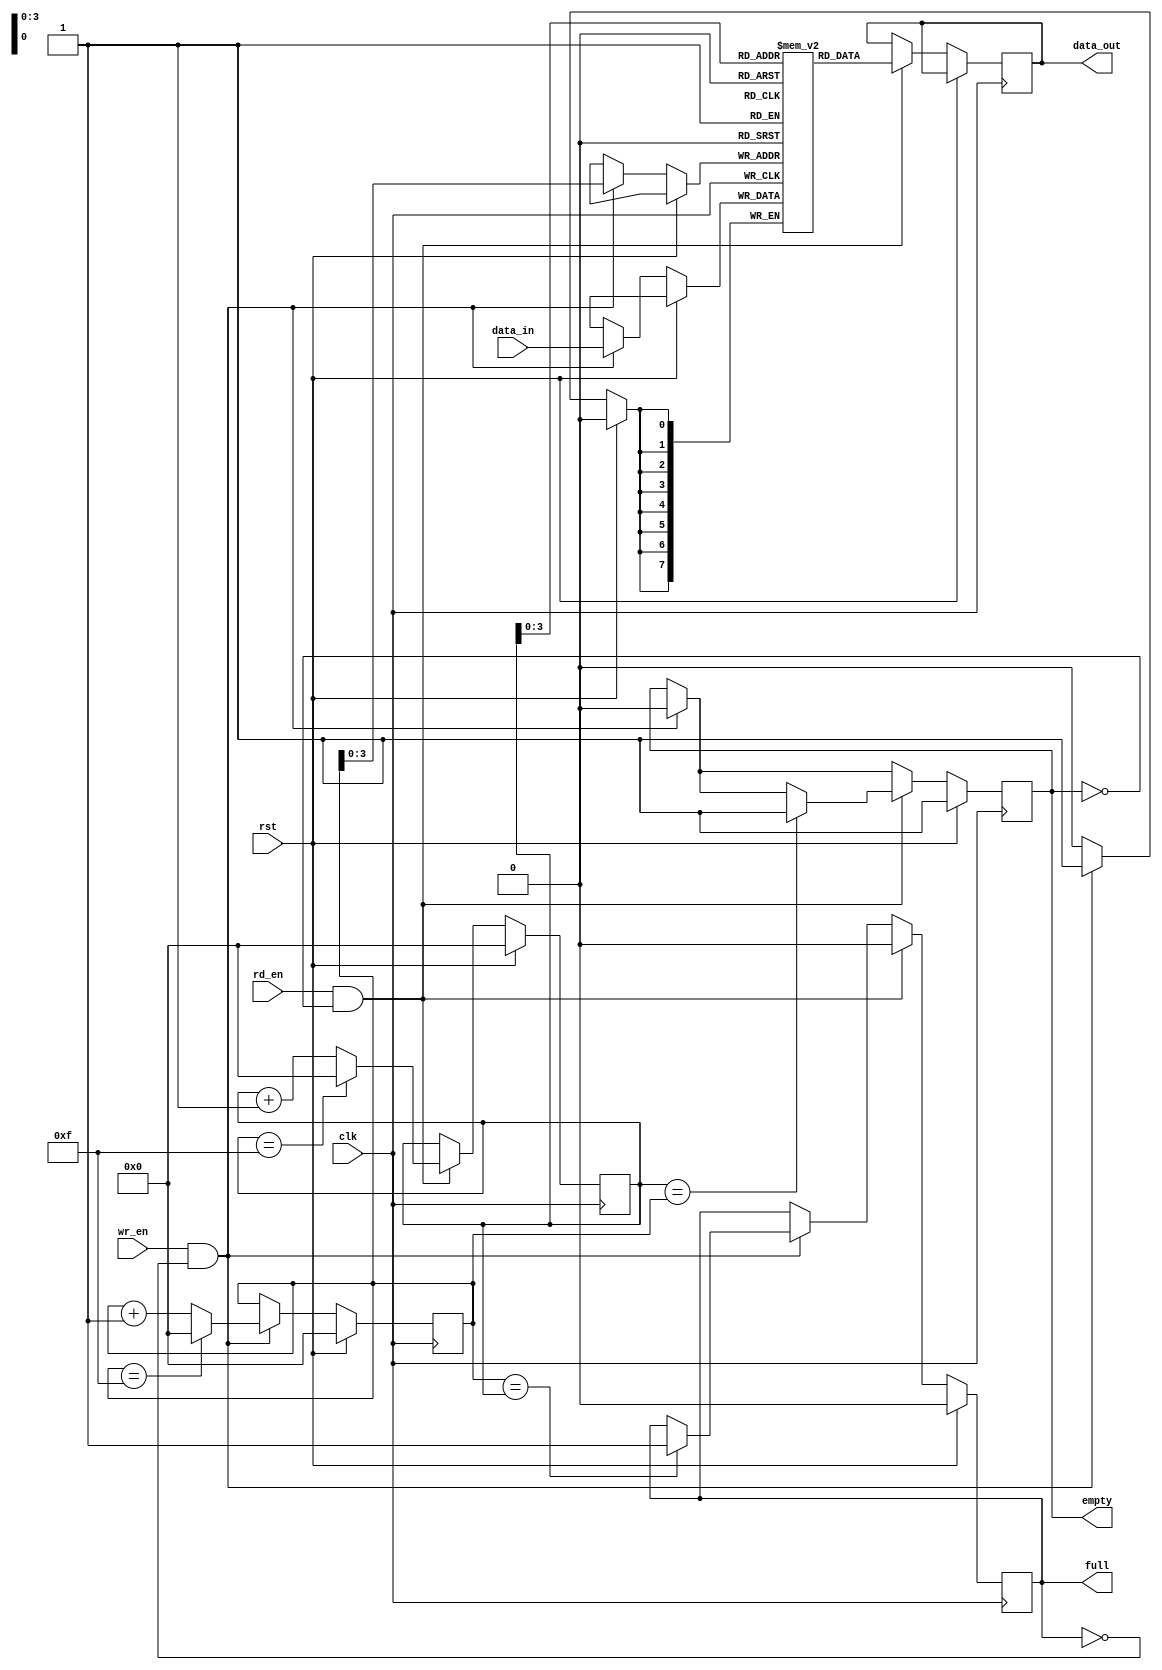
module FIFO #(parameter WIDTH = 8, parameter DEPTH = 16)(
    input wire clk,
    input wire rst,
    input wire wr_en,
    input wire rd_en,
    input wire [WIDTH-1:0] data_in,
    output reg [WIDTH-1:0] data_out,
    output reg full,
    output reg empty
);

reg [WIDTH-1:0] buffer [0:DEPTH-1];
reg [WIDTH-1:0] out_data;
reg [WIDTH-1:0] in_data;
reg [4:0] rd_ptr;
reg [4:0] wr_ptr;

always @(posedge clk) begin
    if (rst) begin
        rd_ptr <= 5'b0;
        wr_ptr <= 5'b0;
        full <= 1'b0;
        empty <= 1'b1;
    end else begin
        if (wr_en && !full) begin
            buffer[wr_ptr] <= data_in;
            wr_ptr <= wr_ptr + 1;
            if (wr_ptr == DEPTH-1) begin
                wr_ptr <= 5'b0;
            end
            if (wr_ptr == rd_ptr) begin
                full <= 1'b1;
            end
            empty <= 1'b0;
        end
        if (rd_en && !empty) begin
            out_data <= buffer[rd_ptr];
            rd_ptr <= rd_ptr + 1;
            if (rd_ptr == DEPTH-1) begin
                rd_ptr <= 5'b0;
            end
            if (rd_ptr == wr_ptr) begin
                empty <= 1'b1;
            end
            full <= 1'b0;
        end
    end
end

assign data_out = out_data;

endmodule